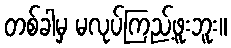
တစ်ခါမှ မလုပ်ကြည့်ဖူးဘူး။